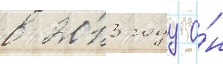
в 2013 году о́н